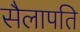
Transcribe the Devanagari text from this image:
सैलापति